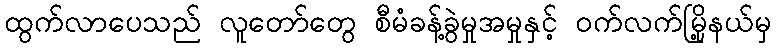
ထွက်လာပေသည် လူတော်တွေ စီမံခန့်ခွဲမှုအမှုနှင့် ဝက်လက်မြို့နယ်မှ